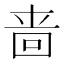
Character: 啬